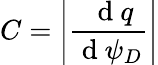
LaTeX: C=\left|\frac{\ \mathrm{~d~}q}{\mathrm{~d~}\psi_{D}}\right|